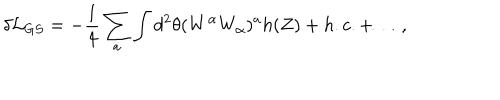
\delta { \cal L } _ { G S } = - \frac { 1 } { 4 } \sum _ { a } \int d ^ { 2 } \theta ( W ^ { \alpha } W _ { \alpha } ) ^ { a } h ( Z ) + h . c . + \dots ,